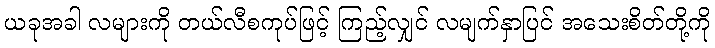
ယခုအခါ လများကို တယ်လီစကုပ်ဖြင့် ကြည့်လျှင် လမျက်နှာပြင် အသေးစိတ်တို့ကို